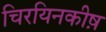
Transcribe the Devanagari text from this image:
चिरयिनकीष़